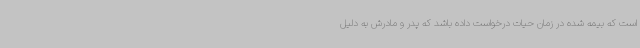
است که بیمه شده در زمان حیات درخواست داده باشد که پدر و مادرش به دلیل